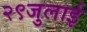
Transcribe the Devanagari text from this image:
२९जुलाई